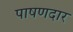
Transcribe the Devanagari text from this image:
पाषणदार